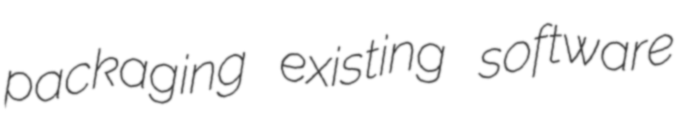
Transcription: packaging existing software